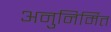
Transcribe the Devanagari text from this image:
अनुनिर्मित